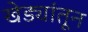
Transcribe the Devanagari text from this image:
खेड्यांतून